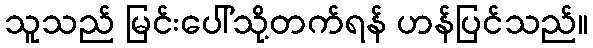
သူသည် မြင်းပေါ်သို့တက်ရန် ဟန်ပြင်သည်။